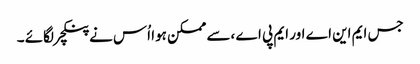
جس ایم این اے اور ایم پی اے ،سے ممکن ہوا اُس نے پنکچر لگائے ۔